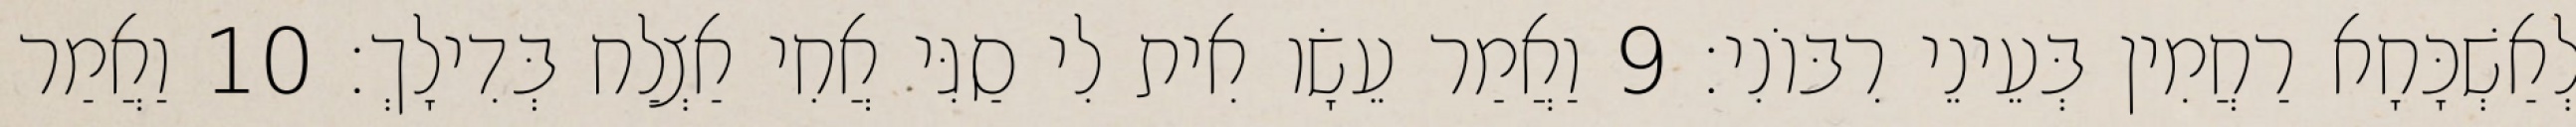
לְאַשְׁכָּחָא רַחֲמִין בְּעֵינֵי רִבּוֹנִי׃ 9 וַאֲמַר עֵשָׂו אִית לִי סַגִּי אֲחִי אַצְלַח בְּדִילָךְ׃ 10 וַאֲמַר